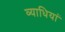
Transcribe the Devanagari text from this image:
व्‍याधियां